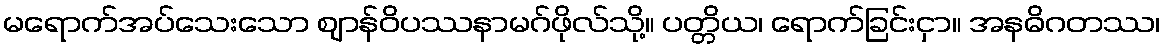
မရောက်အပ်သေးသော ဈာန်ဝိပဿနာမဂ်ဖိုလ်သို့။ ပတ္တိယ၊ ရောက်ခြင်းငှာ။ အနဓိဂတဿ၊